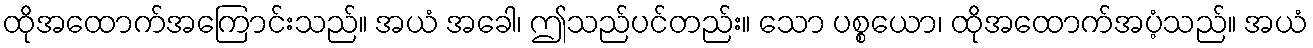
ထိုအထောက်အကြောင်းသည်။ အယံ အခေါ၊ ဤသည်ပင်တည်း။ သော ပစ္စယော၊ ထိုအထောက်အပံ့သည်။ အယံ